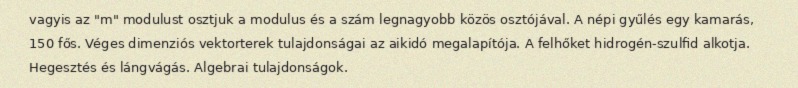
vagyis az "m" modulust osztjuk a modulus és a szám legnagyobb közös osztójával. A népi gyűlés egy kamarás, 150 fős. Véges dimenziós vektorterek tulajdonságai az aikidó megalapítója. A felhőket hidrogén-szulfid alkotja. Hegesztés és lángvágás. Algebrai tulajdonságok.